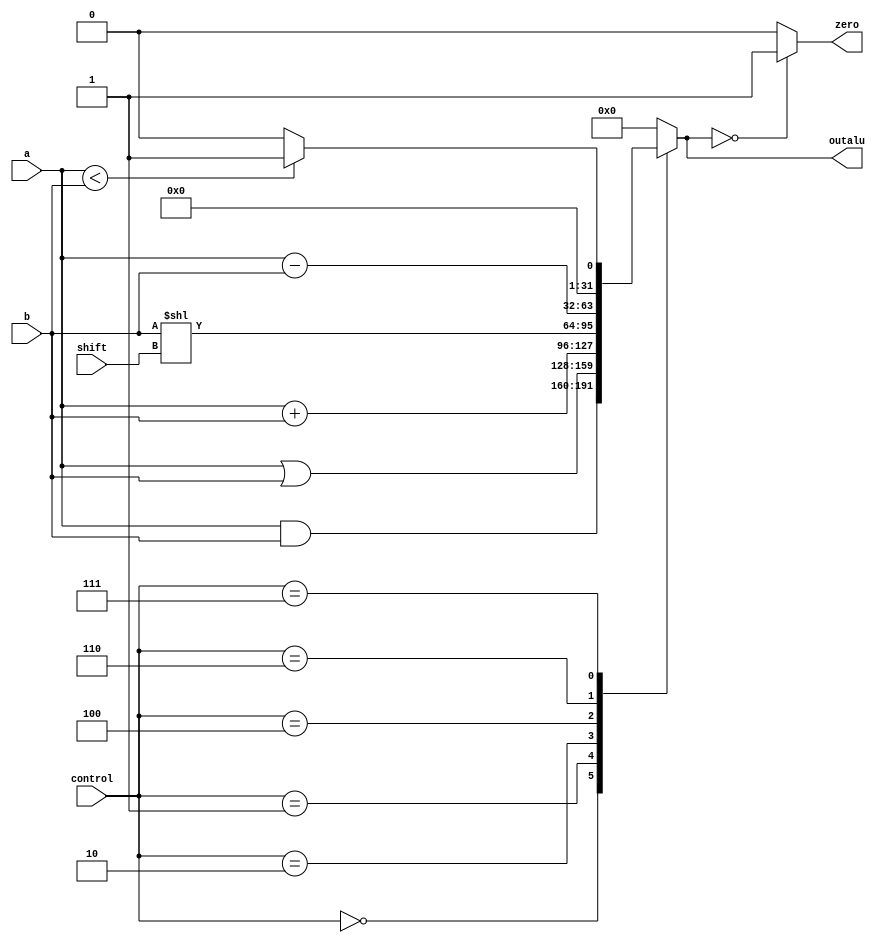
module alu_mips(a, b, control, outalu, zero, shift);
input [31:0] a, b;
input [2:0] control;
output reg [31:0] outalu;
output zero;
input[4:0] shift ;



always@(control, a, b)
begin
	case(control)
		0 : outalu= a&b; //and
		1 : outalu= a|b; //or
		2 : outalu= a+b; //add
		4 : outalu= b<<shift;
		6 : outalu = a-b;
		7 : outalu=a<b?1:0; //slt
		default : outalu=0;
	endcase
end

assign zero=outalu==0?1:0;

endmodule